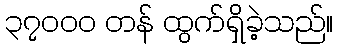
၃၇၀၀၀ တန် ထွက်ရှိခဲ့သည်။